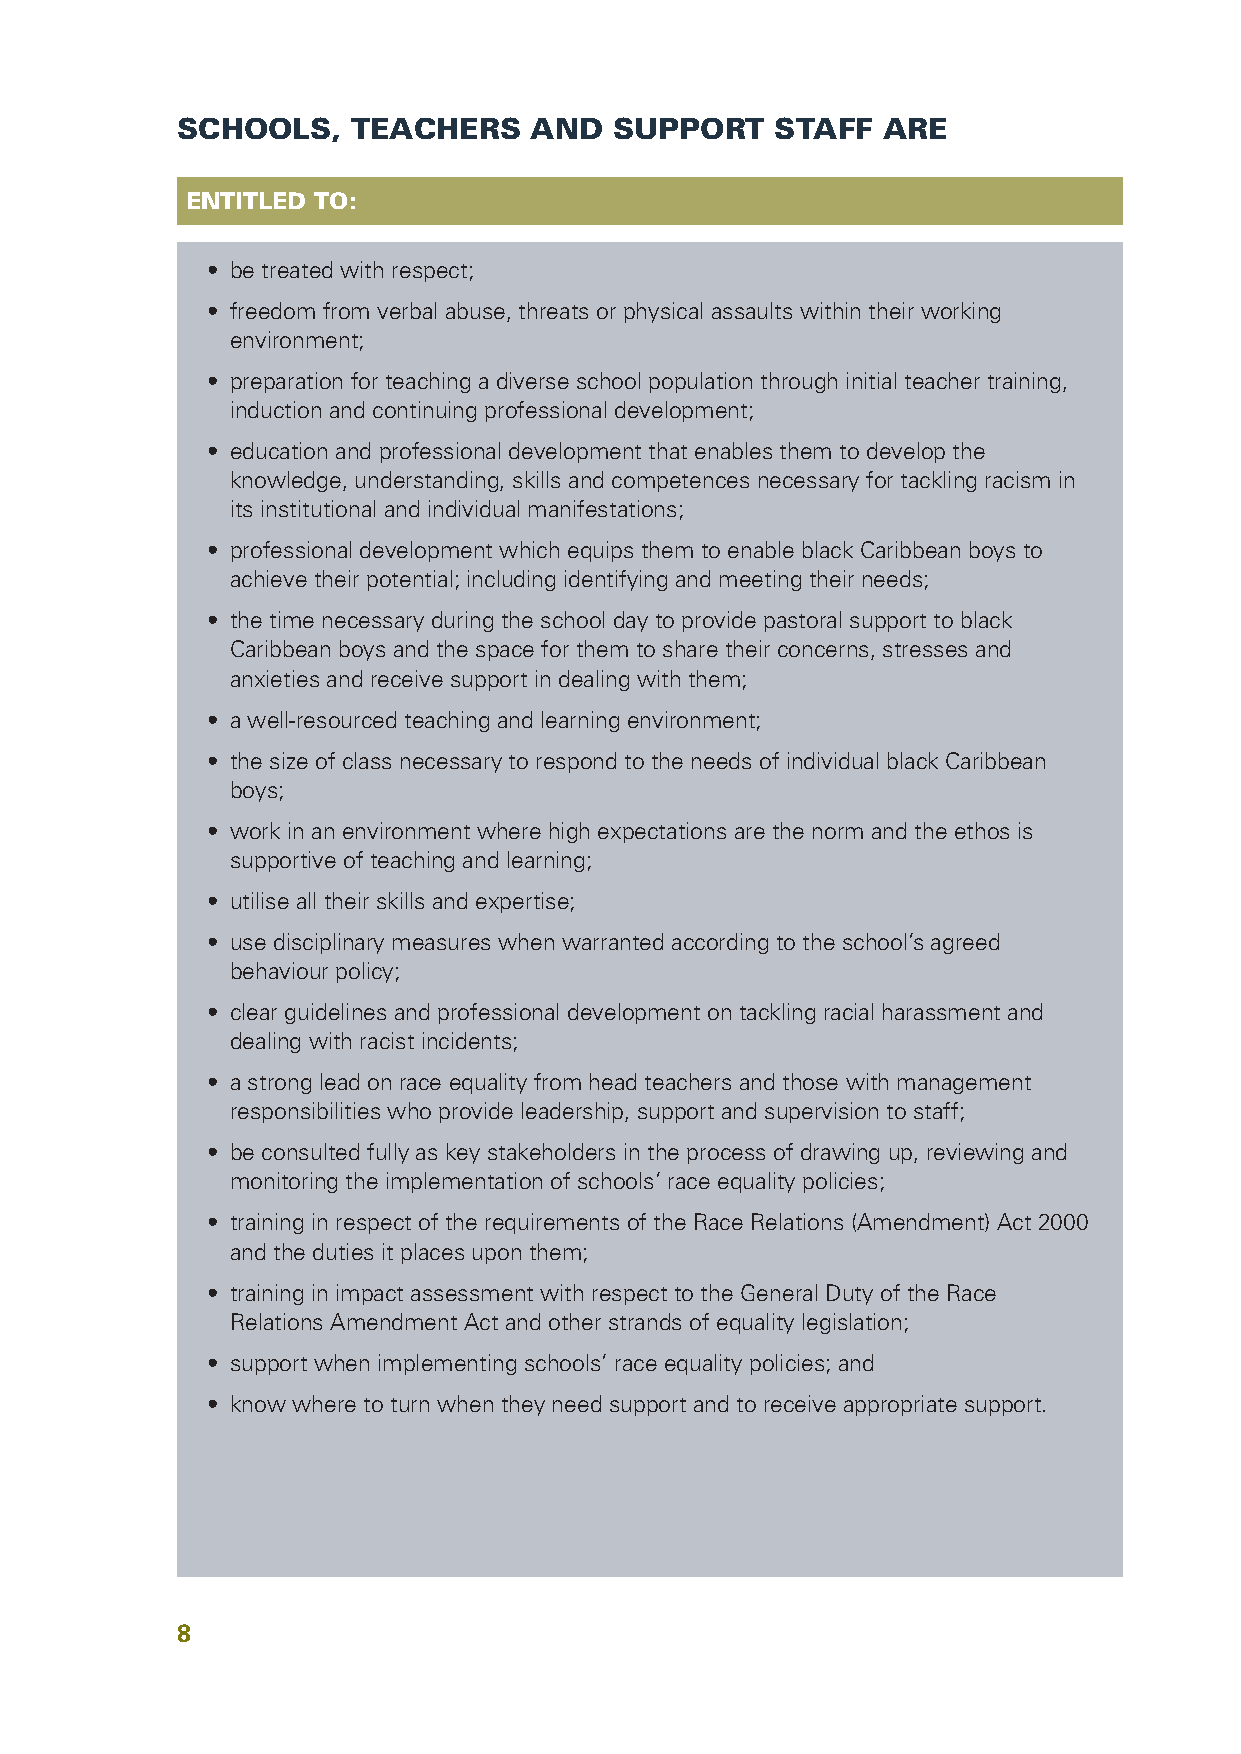
SCHOOLS,   TEACHERS    AND   SUPPORT   STAFF  ARE
 ENTITLED TO:
 • be treated with respect;
 • freedom from verbal abuse, threats or physical assaults within their working
 environment;
 • preparation for teaching a diverse school population through initial teacher training,
 induction and continuing professional development;
 • education and professional development that enables them to develop the
 knowledge, understanding, skills and competences necessary for tackling racism in
 its institutional and individual manifestations;
 • professional development which equips them to enable black Caribbean boys to
 achieve their potential; including identifying and meeting their needs;
 • the time necessary during the school day to provide pastoral support to black
 Caribbean boys and the space for them to share their concerns, stresses and
 anxieties and receive support in dealing with them;
 • a well-resourced teaching and learning environment;
 • the size of class necessary to respond to the needs of individual black Caribbean
 boys;
 • work in an environment where high expectations are the norm and the ethos is
 supportive of teaching and learning;
 • utilise all their skills and expertise;
 • use disciplinary measures when warranted according to the school’s agreed
 behaviour policy;
 • clear guidelines and professional development on tackling racial harassment and
 dealing with racist incidents;
 • a strong lead on race equality from head teachers and those with management
 responsibilities who provide leadership, support and supervision to staff;
 • be consulted fully as key stakeholders in the process of drawing up, reviewing and
 monitoring the implementation of schools’ race equality policies;
 • training in respect of the requirements of the Race Relations (Amendment) Act 2000
 and the duties it places upon them;
 • training in impact assessment with respect to the General Duty of the Race
 Relations Amendment Act and other strands of equality legislation;
 • support when implementing schools’ race equality policies; and
 • know where to turn when they need support and to receive appropriate support.
 8